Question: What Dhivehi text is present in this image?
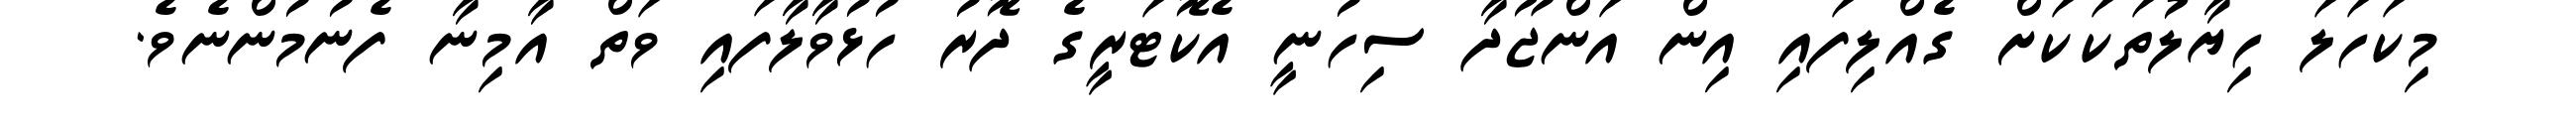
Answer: މިކަހަލަ ހިޔާލުތަކަކަށް ގެއްލިފައި އިން އަންޖޫދާ ސިހުނީ އެކޮޓަރީގެ ދޮރު ހުޅުވާލާފައި ވަތް އާމިނާ ފެނުމުންނެވެ.